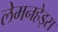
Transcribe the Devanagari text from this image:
लेमनहेड्स